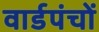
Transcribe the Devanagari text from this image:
वार्डपंचों